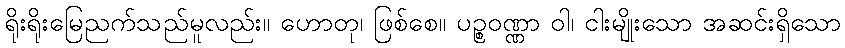
ရိုးရိုးမြေညက်သည်မူလည်း။ ဟောတု၊ ဖြစ်စေ။ ပဉ္စဝဏ္ဏာ ဝါ၊ ငါးမျိုးသော အဆင်းရှိသော